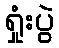
ရှုံးပွဲ